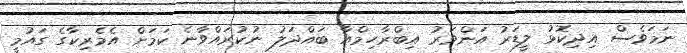
ނަމަވެސް އިދިކޮޅު ލީޑަރު އަންވަރު އިބްރާހިމްއާ ބައްދަލު ނުކުރައްވާނެ ކަމަށް އެމެރިކާގެ ގައުމީ